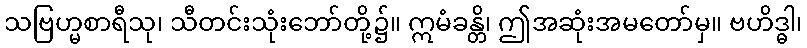
သဗြဟ္မစာရီသု၊ သီတင်းသုံးဘော်တို့၌။ ဣမံခန္တိ၊ ဤအဆုံးအမတော်မှ။ ဗဟိဒ္ဓါ၊